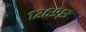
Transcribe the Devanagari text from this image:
१२६९१३